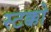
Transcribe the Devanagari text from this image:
स्टक्को